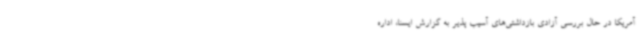
آمریکا در حال بررسی آزادی بازداشتی‌های آسیب پذیر به گزارش ایسنا، اداره